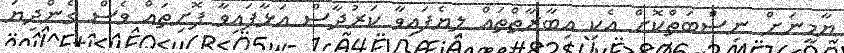
ޔާމީނަށް ނިސްބަތްކޮށް އެކި އިބާރާތްތައް ލިޔެފައިވާ ކަރުދާސް އަޅާފައިވާ ފޮށިތައް ވެސް ގެންދިޔަ